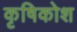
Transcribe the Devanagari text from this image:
कृषिकोश